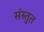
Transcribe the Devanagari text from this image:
संस्‍तुत